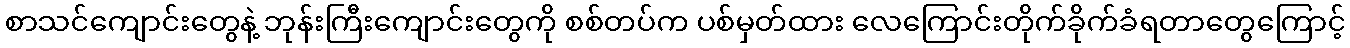
စာသင်ကျောင်းတွေနဲ့ ဘုန်းကြီးကျောင်းတွေကို စစ်တပ်က ပစ်မှတ်ထား လေကြောင်းတိုက်ခိုက်ခံရတာတွေကြောင့်